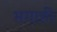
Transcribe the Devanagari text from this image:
भगाही